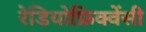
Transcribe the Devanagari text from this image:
रेडियोफ्रिक्वेंसी